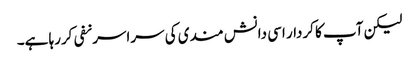
لیکن آپ کا کردار اسی دانش مندی کی سراسرنفی کررہا ہے۔